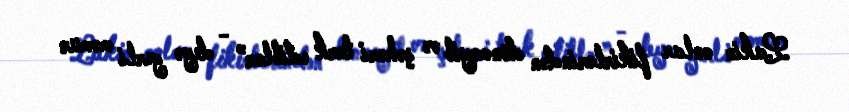
Lakin onlar fikirlərindən dönməyib və şəhəri tərk ediblər” - deyə yerli məmur